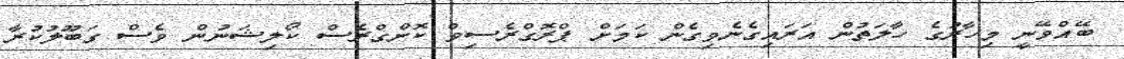
ބޭއްވޭނީ މިހާރުގެ ހާލަތުން އަރައިގެނެވިގެން ކަމަށް ޕްރޮގްރެސިވް ކޮންގްރެސް ކޯލިޝަނުން ވެސް ގަބޫލުކުރާ